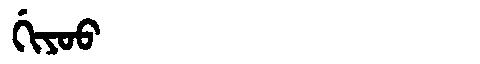
Manchu: ᡤᡳᠶᠣᠣ
Romanization: GIYOO